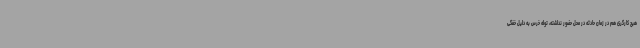
هیچ کارگری هم در زمان حادثه در محل حضور نداشته، توله خرس به دلیل خفگی